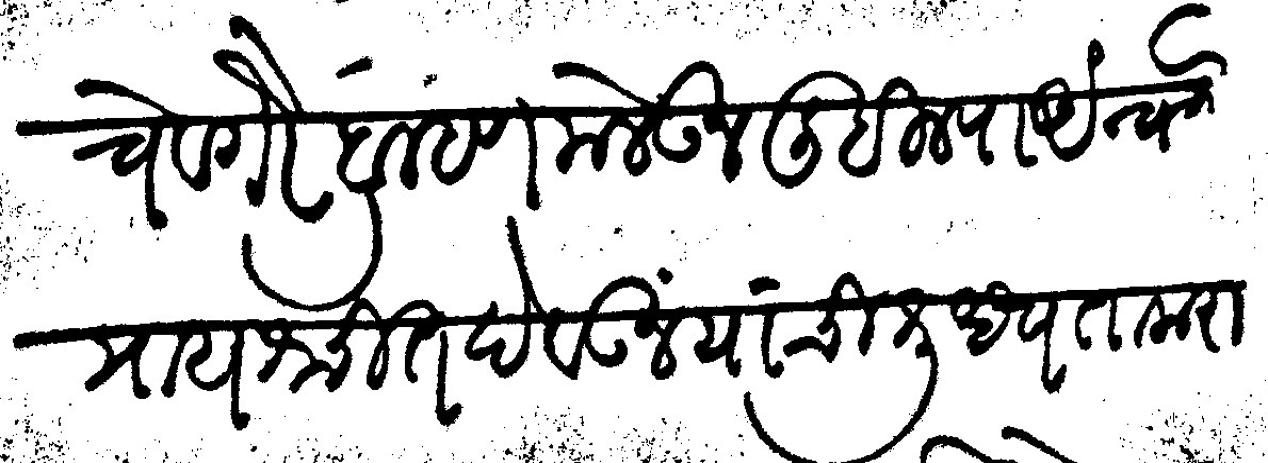
Transliteration (Devanagari): चे वगरे ब्राम्हण मेलऊन लिहिल्याअंन्वये प्रायश्चित देवून यांची शुध्धता करावावी